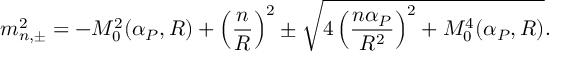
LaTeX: m _ { n , \pm } ^ { 2 } = - { \cal M } _ { 0 } ^ { 2 } ( \alpha _ { P } , R ) + \left( \frac { n } { R } \right) ^ { 2 } \pm \sqrt { 4 \left( \frac { n \alpha _ { P } } { R ^ { 2 } } \right) ^ { 2 } + { \cal M } _ { 0 } ^ { 4 } ( \alpha _ { P } , R ) } .